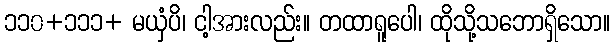
၁၁၀+၁၁၁+ မယှံပိ၊ ငါ့အားလည်း။ တထာရူပေါ၊ ထိုသို့သဘောရှိသော။